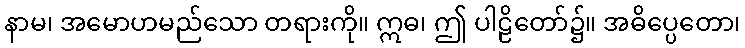
နာမ၊ အမောဟမည်သော တရားကို။ ဣဓ၊ ဤ ပါဠိတော်၌။ အဓိပ္ပေတော၊